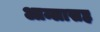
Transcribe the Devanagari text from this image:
आम्लासह